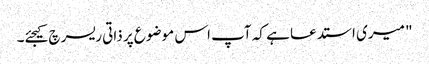
"‌ میری استدعا ہے کہ آپ اس موضوع پر ذاتی ریسرچ کیجئے۔